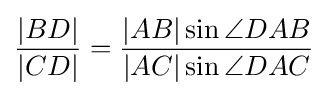
{\frac {|BD|}{|CD|}}={\frac {|AB|\sin \angle DAB}{|AC|\sin \angle DAC}}